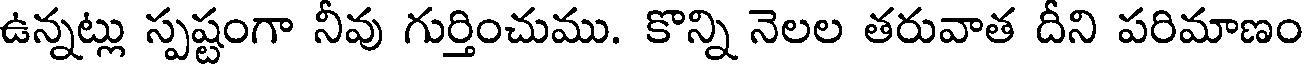
ఉన్నట్లు స్పష్టంగా నీవు గుర్తించుము. కొన్ని నెలల తరువాత దీని పరిమాణం